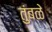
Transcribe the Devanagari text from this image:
तुंबळे